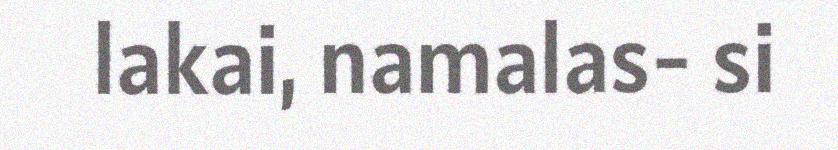
lakai, namalas- si